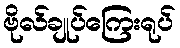
ဗိုလ်ချုပ်ကြေးရုပ်